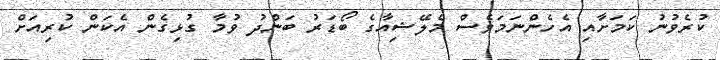
ކުރެވުނު ކަމަށާއި އެހެންނަމަވެސް މެލޭޝިއާގެ ބޯޑަރު ބަންދު ވުމާ ގުޅިގެން އެކަން ކުރިއަށް